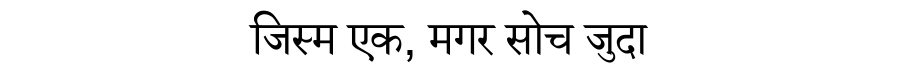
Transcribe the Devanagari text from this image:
जिस्म एक, मगर सोच जुदा